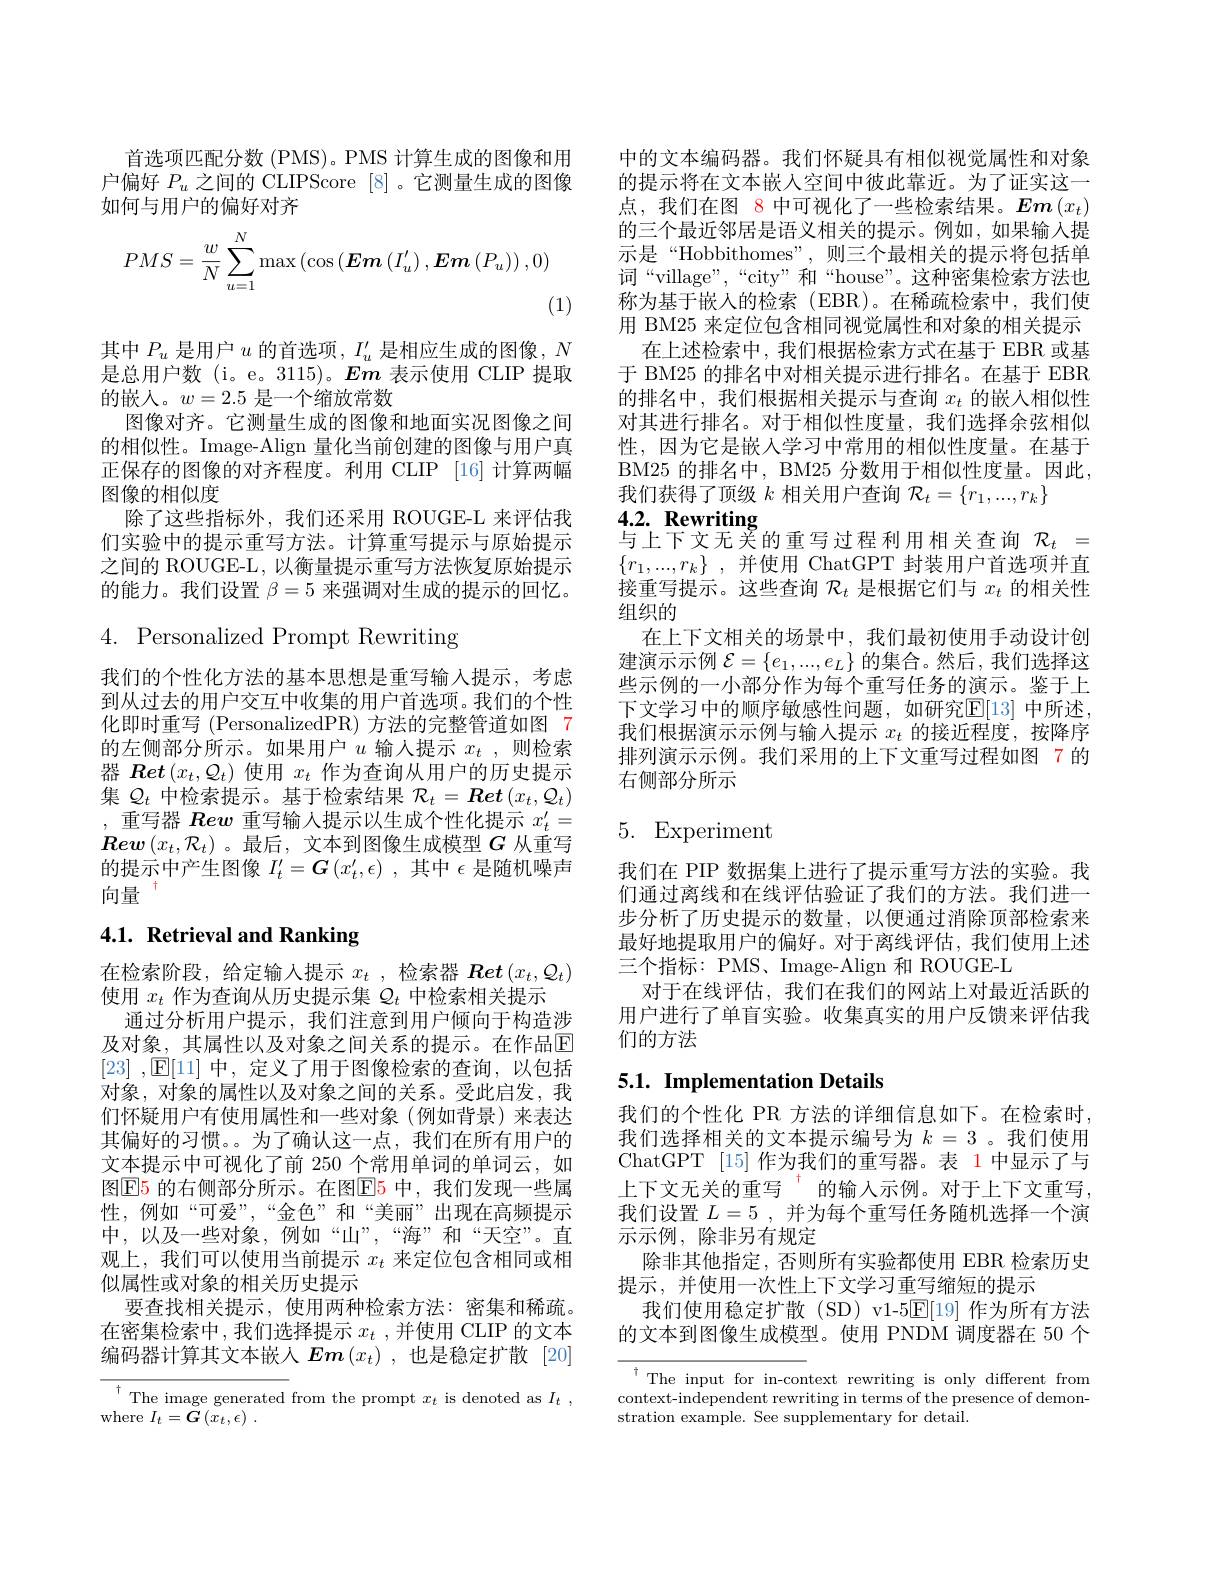
首选项匹配分数 (PMS)。PMS 计算生成的图像和用户偏好$P_u$之间的 CLIPScore [8]。它测量生成的图像如何与用户的偏好对齐
$$PMS=\frac{w}{N}\sum_{u=1}^{N}\max\left(\cos\left(\boldsymbol{Em}\left(I_{u}'\right),\boldsymbol{Em}\left(P_{u}\right)\right),0\right)$$
(1)

其中$P_u$是用户$u$的首选项$,I_u^\prime$是相应生成的图像，$N$ 是总用户数(i。e。3115)。$Em$表示使用 CLIP 提取的嵌人。$w=2.5$是一个缩放常数
图像对齐。它测量生成的图像和地面实况图像之间的相似性。Image-Align 量化当前创建的图像与用户真正保存的图像的对齐程度。利用 CLIP [16] 计算两幅图像的相似度
除了这些指标外，我们还采用 ROUGE-L 来评估我们实验中的提示重写方法。计算重写提示与原始提示之间的 ROUGE-L, 以衡量提示重写方法恢复原始提示的能力。我们设置$\beta=5$来强调对生成的提示的回忆。

$4.{\mathrm{~Personalized~Prompt~Rewriting}}$

我们的个性化方法的基本思想是重写输入提示，考虑到从过去的用户交互中收集的用户首选项。我们的个性化即时重写 (PersonalizedPR) 方法的完整管道如图 7的左侧部分所示。如果用户$u$输入提示$x_t$,则检索器$\boldsymbol{Ret}\left(x_t,\mathcal{Q}_t\right)$使用$x_t$作为查询从用户的历史提示集$Q_t$中检索提示。基于检索结果$\mathcal{R}_t=\boldsymbol{Ret}\left(x_t,\mathcal{Q}_t\right)$ ,重写器$\boldsymbol{Rew}$重写输入提示以生成个性化提示$x_t^\prime=$ $\boldsymbol{Rew}\left(x_{t},\mathcal{R}_{t}\right)$。最后，文本到图像生成模型$G$从重写的提示中产生图像$I_t^\prime=\boldsymbol{G}\left(x_t^\prime,\epsilon\right)$,其中$\epsilon$是随机噪声向量$^{+}$

# 4.1. Retrieval and Ranking

在检索阶段，给定输入提示$x_t$ ,检索器$\boldsymbol{Ret}\left(x_t,\mathcal{Q}_t\right)$
使用$x_t$作为查询从历史提示集$\mathcal{Q}_t$中检索相关提示
通过分析用户提示，我们注意到用户倾向于构造涉及对象，其属性以及对象之间关系的提示。在作品$\mathbb{E}$ [23] $, 因 [ 11]$ $中 $, $定 义 了 用 于 图 像 检 索 的 查 询 , 以 包 括$ 对象，对象的属性以及对象之间的关系。受此启发，我们怀疑用户有使用属性和一些对象(例如背景)来表达其偏好的习惯。。为了确认这一点，我们在所有用户的文本提示中可视化了前 250 个常用单词的单词云，如图$\boxed{\mathrm{E}}5$ 的右侧部分所示。在图$\boxed{\mathrm{E}}5$ 中，我们发现一些属性，例如“可爱”,“金色”和“美丽”出现在高频提示中，以及一些对象，例如“山”,“海”和“天空”。直观上，我们可以使用当前提示$x_t$来定位包含相同或相似属性或对象的相关历史提示
要查找相关提示，使用两种检索方法：密集和稀疏。在密集检索中，我们选择提示$x_t$ ,并使用 CLIP 的文本编码器计算其文本嵌人$Em\left(x_t\right)$,也是稳定扩散 [20]

$\begin{array}{c}{{\overline{^{\dagger}\mathrm{The~image~generated~}}}}&{{\mathrm{from~the~prompt~}x_{t}}}&{{\mathrm{is~denoted~as~}I_{t}}}\\{{\mathrm{where~}I_{t}=\boldsymbol{G}\left(x_{t},\epsilon\right).}}\end{array}$,

中的文本编码器。我们怀疑具有相似视觉属性和对象的提示将在文本嵌入空间中彼此靠近。为了证实这一点，我们在图 8 中可视化了一些检索结果。Em$\left(x_t\right)$ 的三个最近邻居是语义相关的提示。例如，如果输入提示是“Hobbithomes”,则三个最相关的提示将包括单词“village”,“city”和“house”。这种密集检索方法也称为基于嵌人的检索(EBR)。在稀疏检索中，我们使用 BM25 来定位包含相同视觉属性和对象的相关提示
在上述检索中，我们根据检索方式在基于 EBR 或基于 BM25 的排名中对相关提示进行排名。在基于 EBR 的排名中，我们根据相关提示与查询$x_t$的嵌入相似性对其进行排名。对于相似性度量，我们选择余弦相似性，因为它是嵌入学习中常用的相似性度量。在基于BM25 的排名中，BM25 分数用于相似性度量。因此， 我们获得了顶级$k$相关用户查询$\mathcal{R}_t=\{r_1,...,r_k\}$
4.2. Rewriting

# 与上下文无关的重写过程利用相关查询$\mathcal{R}_t=$

$\{ r_1, . . . , r_k\}$ ,并使用 ChatGPT 封装用户首选项并直接重写提示。这些查询$\mathcal{R}_t$是根据它们与$x_t$的相关性组织的
在上下文相关的场景中，我们最初使用手动设计创建演示示例$\mathcal{E}=\{e_1,...,e_L\}$的集合。然后，我们选择这些示例的一小部分作为每个重写任务的演示。鉴于上下文学习中的顺序敏感性问题，如研究$\mathbb{E}[13]$ 中所述， 我们根据演示示例与输入提示$x_t$的接近程度，按降序排列演示示例。我们采用的上下文重写过程如图 7 的右侧部分所示

# 5. Experiment

我们在 PIP 数据集上进行了提示重写方法的实验。我们通过离线和在线评估验证了我们的方法。我们进一步分析了历史提示的数量，以便通过消除顶部检索来最好地提取用户的偏好。对于离线评估，我们使用上述三个指标：PMS、Image-Align 和 ROUGE-L
对于在线评估，我们在我们的网站上对最近活跃的用户进行了单盲实验。收集真实的用户反馈来评估我们的方法

## 5.1. Implementation Details

我们的个性化 PR 方法的详细信息如下。在检索时， 我们选择相关的文本提示编号为$k=3$ 。我们使用ChatGPT [15]作为我们的重写器。表 1 中显示了与上下文无关的重写“的输入示例。对于上下文重写， 我们设置$L= 5$ , 并为每个重写任务随机选择一个演示示例，除非另有规定
除非其他指定，否则所有实验都使用 EBR 检索历史
提示，并使用一次性上下文学习重写缩短的提示
我们使用稳定扩散(SD) v1-5$\mathbb{E}[19]$作为所有方法的文本到图像生成模型。使用 PNDM 调度器在 50 个

$^{\dagger}$The input for in-context rewriting is only different from context-independent rewriting in terms of the presence of demonstration example. See supplementary for detail.